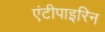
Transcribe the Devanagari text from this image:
एंटीपाइरिन